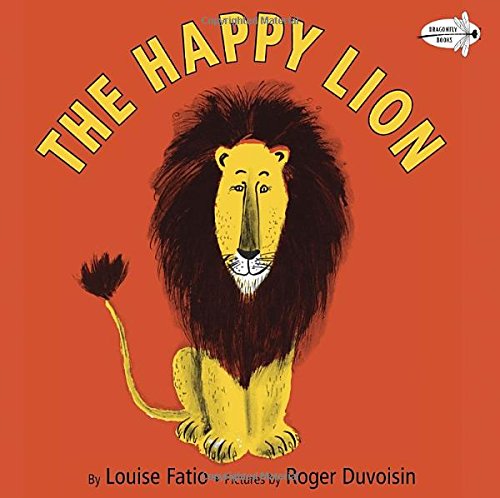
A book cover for The Happy Lion; Louise Fatio; Children's Books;